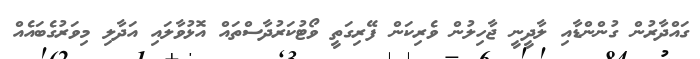
ގައްދާރުން ގުންންޑާއި ލާދީނީ ޖާހިލުން ވެރިކަން ފޭރިގަތީ ވޯޓުކަރުދާސްތައް އޮޅުވާލައި އަދާލި މިވަރުގެބައެއް